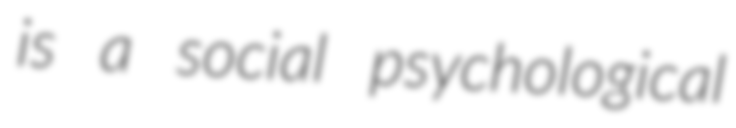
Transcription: is a social psychological